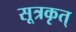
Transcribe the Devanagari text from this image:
सूत्रकृत्